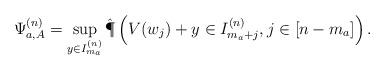
\begin{align*} \Psi^{(n)}_{a,A} = \sup_{y \in I^{(n)}_{m_{a}}} \hat{\P}\left( V(w_j) + y \in I^{(n)}_{m_{a}+j}, j \in [n-m_{a}] \right).\end{align*}